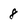
Character: 8